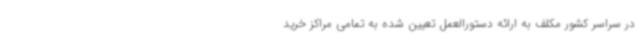
در سراسر کشور مکلف به ارائه دستورالعمل تعیین شده به تمامی مراکز خرید